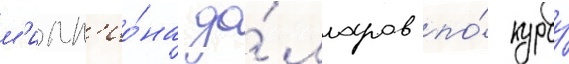
м'илл'ио́на до́лларов по́ курсу